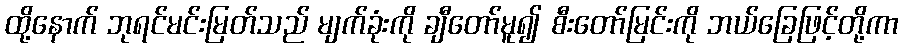
ထို့နောက် ဘုရင်မင်းမြတ်သည် မျက်ခုံးကို ချီတော်မူ၍ စီးတော်မြင်းကို ဘယ်ခြေဖြင့်တို့ကာ